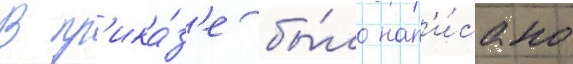
В пр'ика́з'е бы́ло нап'и́сано